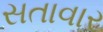
સતાવાર